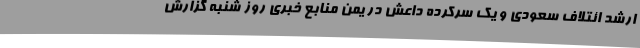
ارشد ائتلاف سعودی و یک سرکرده داعش در یمن منابع خبری روز شنبه گزارش